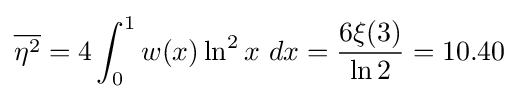
{\overline {\eta ^{2}}}=4\int _{0}^{1}w(x)\ln ^{2}x\ dx={\frac {6\xi (3)}{\ln 2}}=10.40